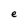
Character: e